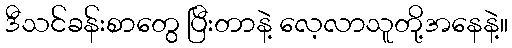
ဒီသင်ခန်းစာတွေ ပြီးတာနဲ့ လေ့လာသူတို့အနေနဲ့။